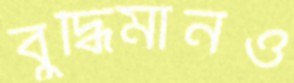
বুদ্ধিমানও